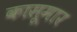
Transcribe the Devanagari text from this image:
कासूमार